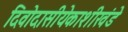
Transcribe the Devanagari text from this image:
दिवोदासीयेकाशीखंडे